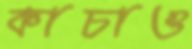
কাচাও